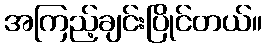
အကြည့်ချင်းပြိုင်တယ်။